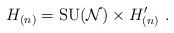
LaTeX: \begin{align*}H_{(n)} = \mathrm{SU}(\mathcal{N})\times H^\prime_{(n)}~.\end{align*}